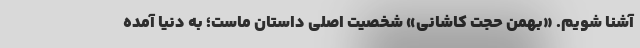
آشنا شویم. «بهمن حجت کاشانی» شخصیت اصلی داستان ماست؛ به دنیا آمده